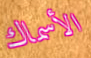
الأسماك